Indian journal of veterinary science and animal husbandry - Volume 7,
Year: 1937
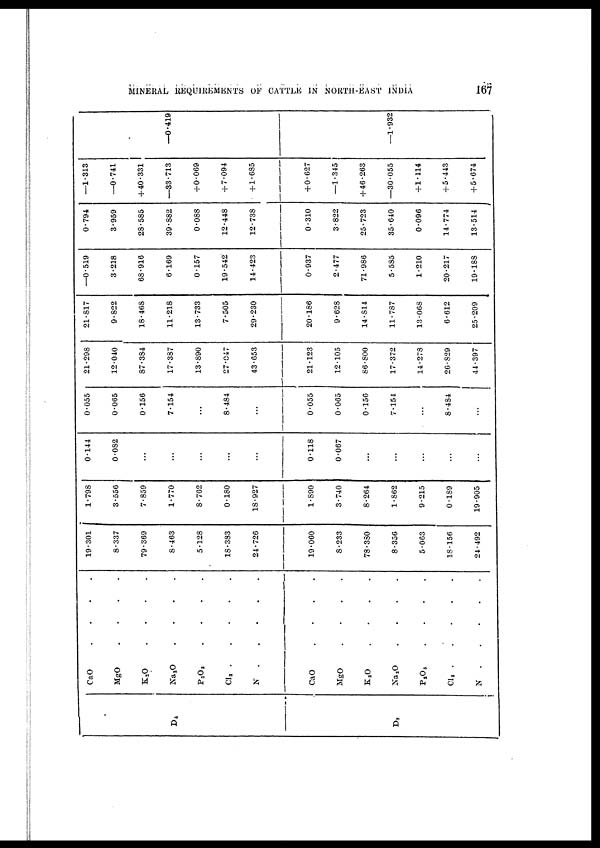
MINERAL REQUREMENTS OF CATTLE IN NORTH-EAST INDIA
167
D 4
D 7
CaO . . . .
MgO
.
.
.
.
K 2 O
.
.
.
.
Na 2 O
.
.
.
.
P 2 O 5
.
.
.
.
Cl 3 . . . .
N . . . .
CaO
.
.
.
.
MgO
.
.
.
.
K 2 O
.
.
.
.
Na 2 O
.
.
.
.
P 2 O 5 . . . .
CI 3
.
.
.
.
N
.
.
.
.
19.301
8.337
79.369
8.463
5.128
18.383
24.726
19.060
8.233
78.380
8.356
5.063
18.156
24.492
1.798
3.556
7.859
1.770
8.762
0.180
18.927
1.890
3.740
8.264
1.862
9.215
0.189
19.905
0.144
0.082
...
...
...
...
...
0.118
0.067
...
...
...
...
...
0.055
0.065
0.156
7.154
...
8.484
...
0.055
0.065
0.156
7.154
...
8.484
...
21.298
12.040
87.384
17.387
13.890
27.047
43.653
21.123
12.105
86.800
17.372
14.278
26.829
44.397
21.817
9.822
18.468
11.218
13.733
7.505
29.230
20.186
9.628
14.814
11.787
13.068
6.612
25.209
—0.519
3.218
68.916
6.169
0.157
19.542
14.423
0.937
2.477
71.986
5.585
1.210
20.217
19.188
0.794
3.959
28.585
39.882
0.088
12.448
12.738
0.310
3.822
25.723
35.640
0.096
14.774
13.514
—1.313
—0.741
+40.331
—33.713
+0.069
+ 7.094
+ 1.685
+0.627
—1.345
+ 46.263
—30.055
+1.114
+ 5.443
+ 5.674
—0.418
—1.932